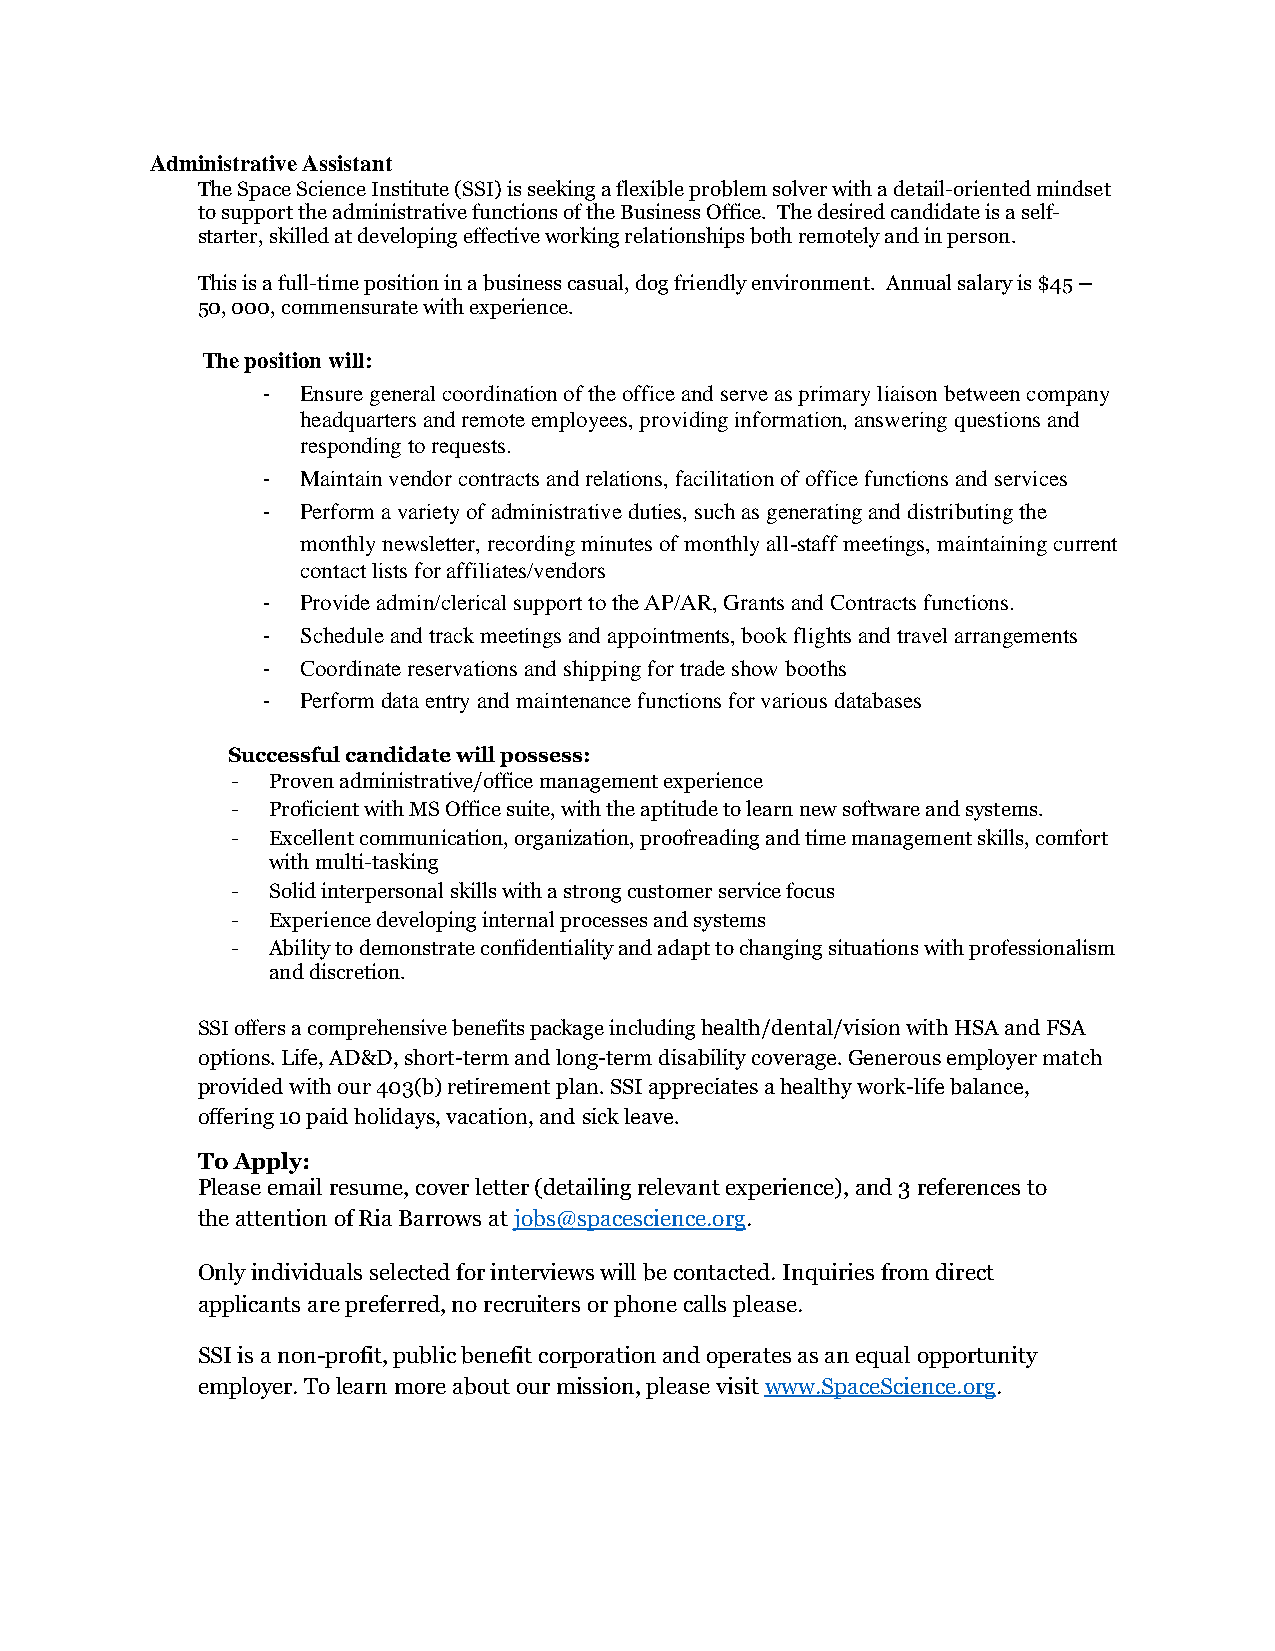
Administrative Assistant
 The Space Science Institute (SSI) is seeking a flexible problem solver with a detail-oriented mindset
 to support the administrative functions of the Business Office. The desired candidate is a self-
 starter, skilled at developing effective working relationships both remotely and in person.
 This is a full-time position in a business casual, dog friendly environment. Annual salary is $45 –
 50, 000, commensurate with experience.
 The position will:
 -  Ensure general coordination of the office and serve as primary liaison between company
 headquarters and remote employees, providing information, answering questions and
 responding to requests.
 -  Maintain vendor contracts and relations, facilitation of office functions and services
 -  Perform a variety of administrative duties, such as generating and distributing the
 monthly newsletter, recording minutes of monthly all-staff meetings, maintaining current
 contact lists for affiliates/vendors
 -  Provide admin/clerical support to the AP/AR, Grants and Contracts functions.
 -  Schedule and track meetings and appointments, book flights and travel arrangements
 -  Coordinate reservations and shipping for trade show booths
 -  Perform data entry and maintenance functions for various databases
 Successful candidate will possess:
 -  Proven administrative/office management experience
 -  Proficient with MS Office suite, with the aptitude to learn new software and systems.
 -  Excellent communication, organization, proofreading and time management skills, comfort
 with multi-tasking
 -  Solid interpersonal skills with a strong customer service focus
 -  Experience developing internal processes and systems
 -  Ability to demonstrate confidentiality and adapt to changing situations with professionalism
 and discretion.
 SSI offers a comprehensive benefits package including health/dental/vision with HSA and FSA
 options. Life, AD&D, short-term and long-term disability coverage. Generous employer match
 provided with our 403(b) retirement plan. SSI appreciates a healthy work-life balance,
 offering 10 paid holidays, vacation, and sick leave.
 To Apply:
 Please email resume, cover letter (detailing relevant experience), and 3 references to
 the attention of Ria Barrows at jobs@spacescience.org.
 Only individuals selected for interviews will be contacted. Inquiries from direct
 applicants are preferred, no recruiters or phone calls please.
 SSI is a non-profit, public benefit corporation and operates as an equal opportunity
 employer. To learn more about our mission, please visit www.SpaceScience.org.